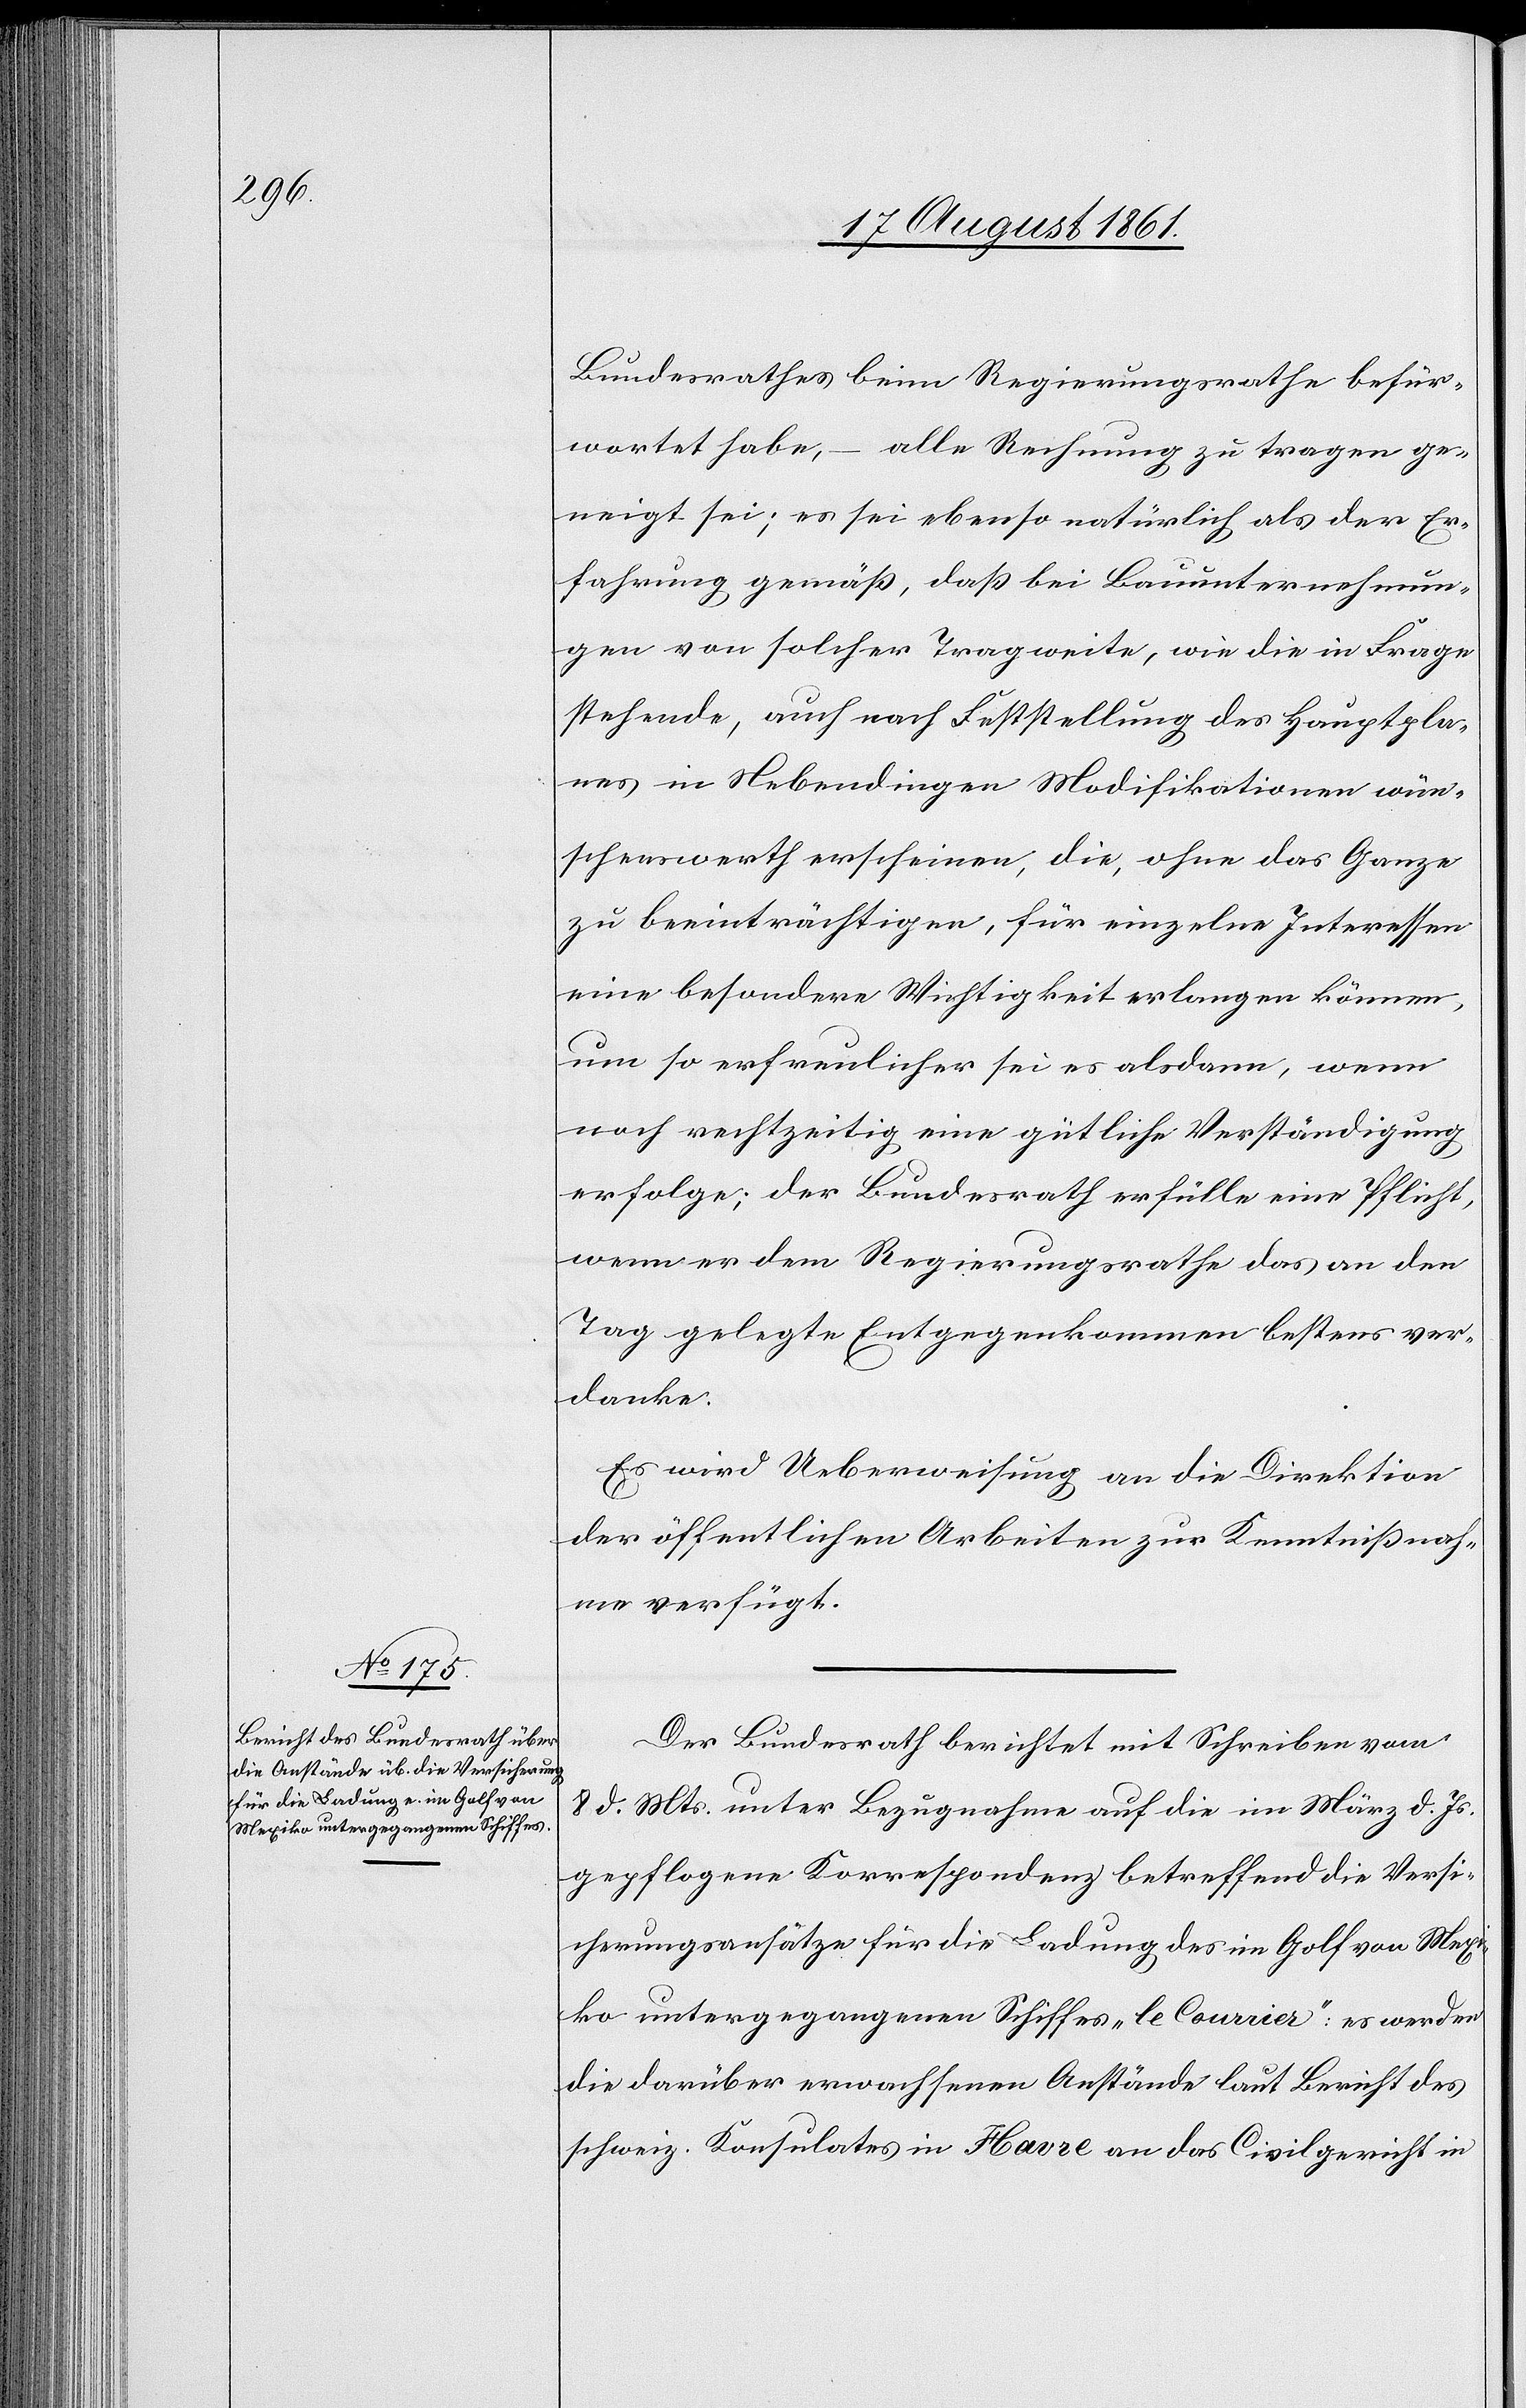
Bundesrathes beim Regierungsrathe befür¬
wortet habe, – alle Rechnung zu tragen ge¬
neigt sei; es sei ebenso natürlich als der Er¬
fahrung gemäß, daß bei Bauunternehmun¬
gen von solcher Tragweite, wie die in Frage
stehende, auch nach Feststellung des Hauptpla¬
nes in Nebendingen Modifikationen wün¬
schenswerth erscheinen, die, ohne das Ganze
zu beeinträchtigten, für einzelne Interessen
eine besondere Wichtigkeit erlangen können,
um so erfreulicher sei es alsdann, wenn
noch rechtzeitig eine gütliche Verständigung
erfolge; der Bundesrath erfülle eine Pflicht,
wenn er dem Regierungsrath das an den
Tag gelegte Entgegenkommen bestens ver¬
danke.
Es wird Ueberweisung an die Direktion
der öffentlichen Arbeiten zur Kenntnißnah¬
me verfügt.
Der Bundesrath berichtet mit Schreiben vom
8 d. Mts. unter Bezugnahme auf die im März d. Js.
gepflogene Korrespondenz betreffend die Versi¬
cherungsansätze für die Ladung des im Golf von Mexi¬
ko untergegangenen Schiffes „le Courier“: es werden
die darüber erwachsenden Anstände laut Bericht des
schweiz. Konsulates in Havre an das Civilgericht in